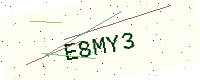
Text: E8MY3